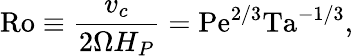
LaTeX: \mathrm{Ro}\equiv{\frac{v_{c}}{2\Omega H_{P}}}=\mathrm{Pe}^{2/3}\mathrm{Ta}^{-1/3},